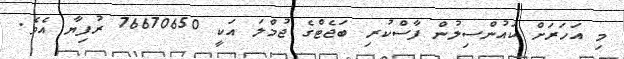
މި އަހަރަށް ކައުންސިލުން ފާސްކުރި ބަޖެޓްގެ ޖުމްލަ އަކީ 76670650 ރުފިޔާ އެވެ.